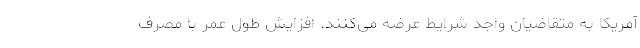
آمریکا به متقاضیان واجد شرایط عرضه می‌کنند. افزایش طول عمر با مصرف